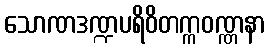
သောဏဒဏ္ဍပရိဝိတက္ကဝဏ္ဏနာ